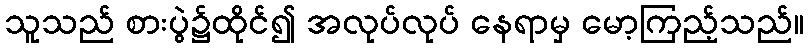
သူသည် စားပွဲ၌ထိုင်၍ အလုပ်လုပ် နေရာမှ မော့ကြည့်သည်။